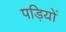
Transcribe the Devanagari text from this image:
पड़ियों